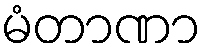
မံတာဏာ